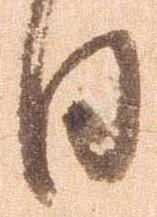
日